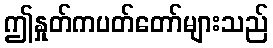
ဤနှုတ်ကပတ်တော်များသည်